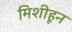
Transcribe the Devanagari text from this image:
मिशीहून